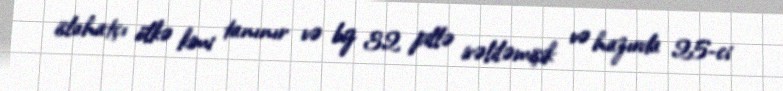
islahatçı ölkə kimi tanınır və biz 32 pillə irəliləmişik və hazırda 25-ci